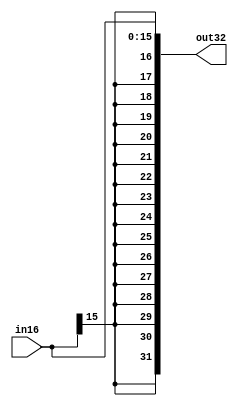
// 16 -> 32 sign extender module.

module signExtend1632 (
    output[31:0] out32,
    input[15:0] in16
);

    // Assign least significant outputs to inputs
    assign out32[15:0] = in16;
    
    // Assign all other outputs to most significant input
    genvar i;
        generate for (i=0; i<16; i=i+1) begin
            assign out32[16+i] = in16[15];
        end
    endgenerate

endmodule